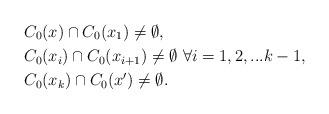
LaTeX: \begin{align*}&C_0(x) \cap C_0(x_1) \neq \emptyset, \\&C_0(x_i) \cap C_0(x_{i+1}) \neq \emptyset \,\,\forall i=1,2,...k-1,\\&C_0(x_k) \cap C_0(x') \neq \emptyset . \end{align*}